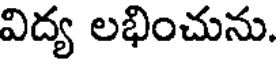
విద్య లభించును.